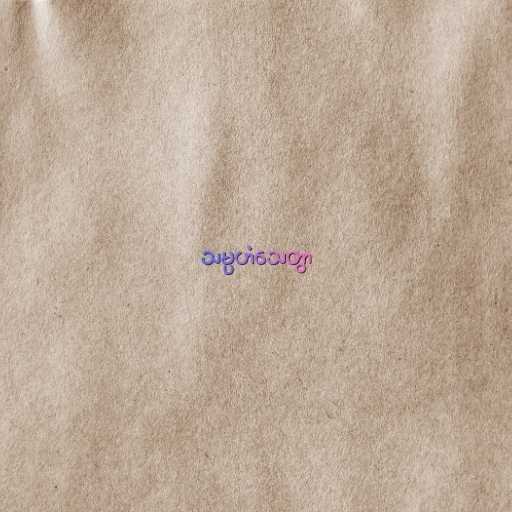
သမ္ပဟံသေတွာ